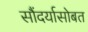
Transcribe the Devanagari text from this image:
सौंदर्यासोबत